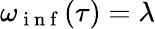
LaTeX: \omega_{\mathrm{~i~n~f~}}(\tau)=\lambda